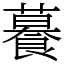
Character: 𦿉